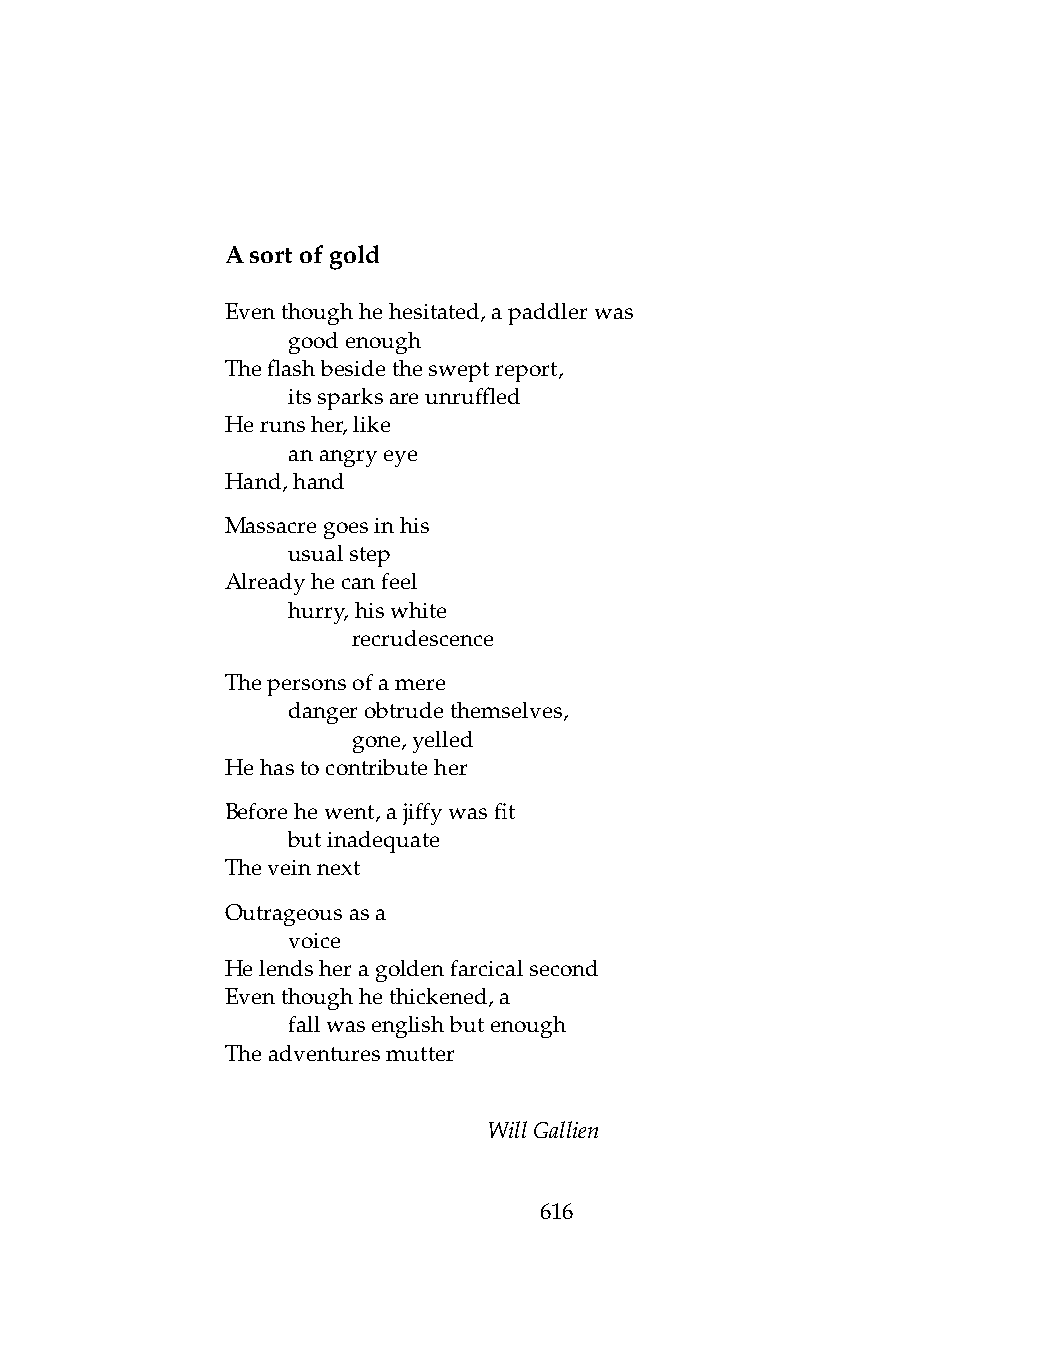
Asortofgold
 Eventhoughhehesitated,apaddlerwas
 .   goodenough
 Theflashbesidethesweptreport,
 .   itssparksareunruffled
 Herunsher,like
 .   anangryeye
 Hand,hand
 Massacregoesinhis
 .   usualstep
 Alreadyhecanfeel
 .   hurry,hiswhite
 .   .   recrudescence
 Thepersonsofamere
 .   dangerobtrudethemselves,
 .   .   gone,yelled
 Hehastocontributeher
 Beforehewent,ajiffywasfit
 .   butinadequate
 Theveinnext
 Outrageousasa
 .   voice
 Helendsheragoldenfarcicalsecond
 Eventhoughhethickened,a
 .   fallwasenglishbutenough
 Theadventuresmutter
 WillGallien
 616